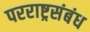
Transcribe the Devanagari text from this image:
परराष्ट्रसंबंध